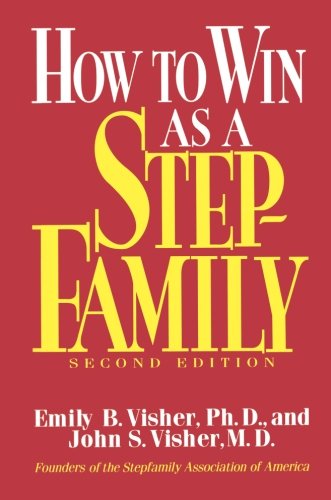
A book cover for How To Win As A Stepfamily; Emily B. Visher; Parenting & Relationships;